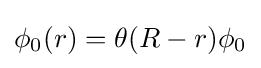
\phi _{0}(r)=\theta (R-r)\phi _{0}